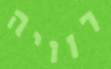
רוויה